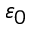
\varepsilon _ { 0 }